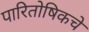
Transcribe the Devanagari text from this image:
पारितोषिकचे